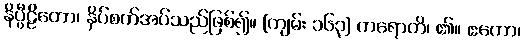
နိပ္ပီဠိတော၊ နှိပ်စက်အပ်သည်ဖြစ်၍။ [ကျမ်း ၁၆၃] ကရောတိ၊ ၏။ ဧကော၊